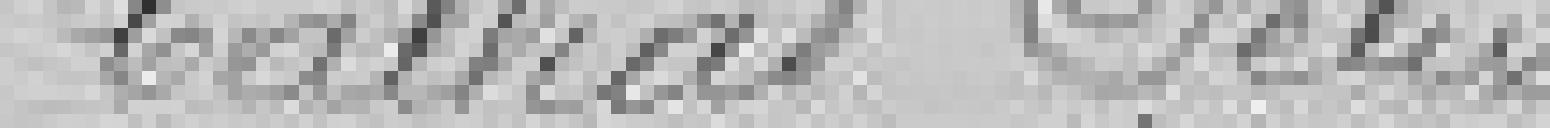
Callias Félix